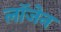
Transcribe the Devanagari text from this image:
लॉजेन